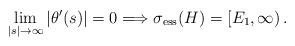
LaTeX: \begin{align*} \lim_{|s| \to \infty} |\theta'(s)| = 0 \Longrightarrow \sigma_\mathrm{ess}(H) = [E_1,\infty) \,.\end{align*}